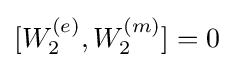
[W_{2}^{(e)},W_{2}^{(m)}]=0